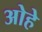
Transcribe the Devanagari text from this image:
ओहे